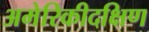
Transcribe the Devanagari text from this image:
अमेरिकीदक्षिण